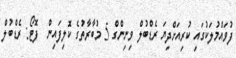
ފުވައްމުލަކުގައި ކުރިއަށްދިޔަ ރެޑްބުލް ވިނިންގް 5 މުބާރާތުގެ ކޮލިފައިން  ފޮޓޯ: ރެޑްބުލް